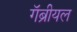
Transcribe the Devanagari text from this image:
गॅब्रीयल